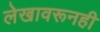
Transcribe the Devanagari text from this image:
लेखावरूनही